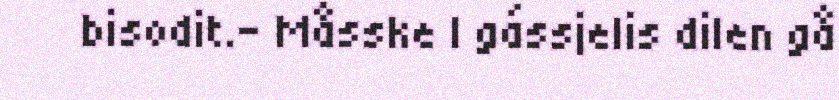
bisodit.- Måsske l gássjelis dilen gå